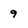
Character: 9